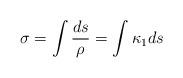
LaTeX: \begin{align*}\sigma =\int \frac{ds}{\rho }=\int \kappa _{1}ds\end{align*}